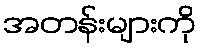
အတန်းများကို